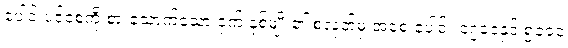
ပေါင်းပင်စေ့ကို စားသောက်သော ငှက် နှစ်မျိုး၏ စလုတ်မှ အစေ့ ပေါင်း ၁၇၀၀နှင့် ၅၀၀၀